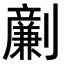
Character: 𠠟